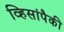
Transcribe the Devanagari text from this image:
व्हिसांपैकी